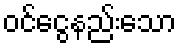
ဝင်ငွေနည်းသော